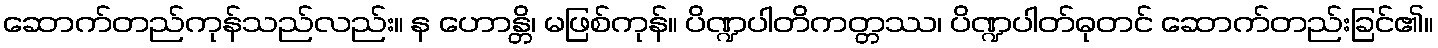
ဆောက်တည်ကုန်သည်လည်း။ န ဟောန္တိ၊ မဖြစ်ကုန်။ ပိဏ္ဍပါတိကတ္တဿ၊ ပိဏ္ဍပါတ်ဓုတင် ဆောက်တည်းခြင်၏။